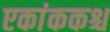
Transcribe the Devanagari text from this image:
एकांककश्च